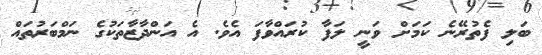
ބަލި ފެތުރޭނެ ކަމަށް ވަނީ ލަފާ ކުރައްވާފަ އެވެ. އެ އަންދާޒާތަކުގެ ނަމްބަރުތައް